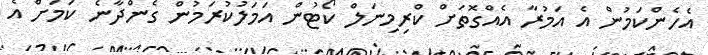
އެހެންކަމުން އެ އަމުރާ އެއްގޮތަށް ކްރިމިނަލް ކޯޓުން އަމަލުކުރަމުން ގެންދާނެ ކަމަށް އެ